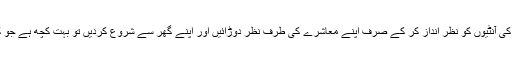
عورت مارچ کی آنٹیوں کو نظر انداز کر کے صرف اپنے معاشرے کی طرف نظر دوڑائیں اور اپنے گھر سے شروع کردیں تو بہت کچھ ہے جو کرنے کا ہے۔